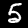
Label: 5